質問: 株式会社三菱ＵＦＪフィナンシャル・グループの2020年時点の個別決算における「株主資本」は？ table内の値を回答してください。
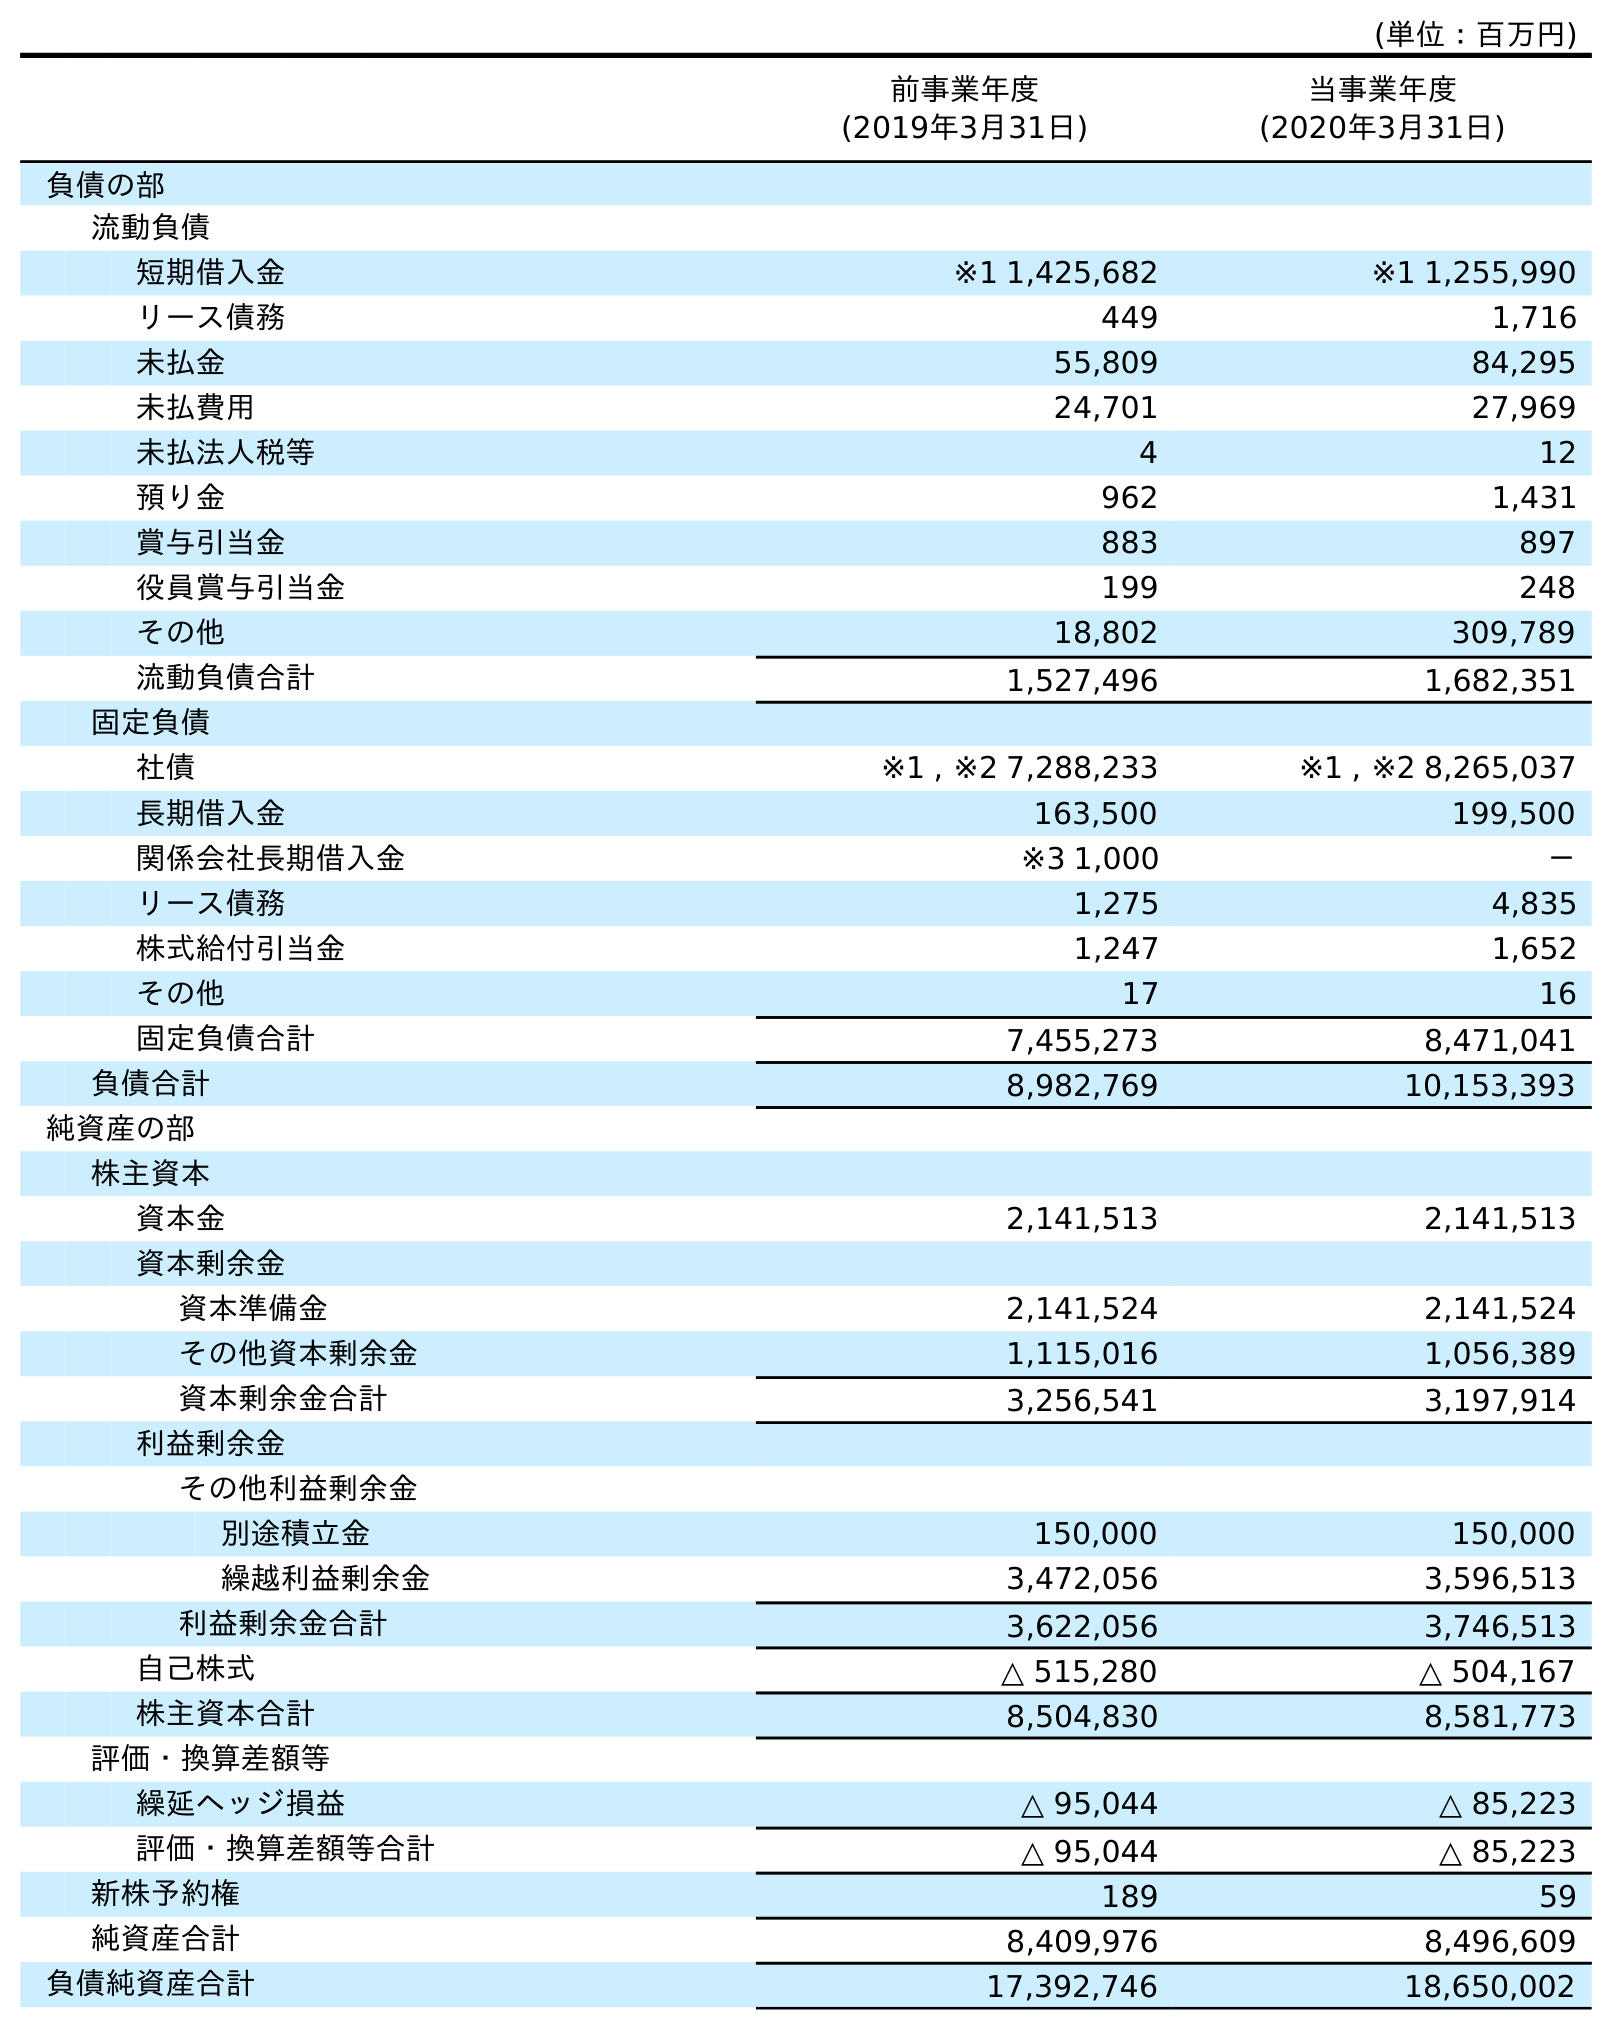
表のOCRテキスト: (単位：百万円) 前事業年度 (2019年3月31日) 当事業年度 (2020年3月31日) 負債の部 流動負債 短期借入金 ※1 1,425,682 ※1 1,255,990 リース債務 449 1,716 未払金 55,809 84,295 未払費用 24,701 27,969 未払法人税等 4 12 預り金 962 1,431 賞与引当金 883 897 役員賞与引当金 199 248 その他 18,802 309,789 流動負債合計 1,527,496 1,682,351 固定負債 社債 ※1 , ※2 7,288,233 ※1 , ※2 8,265,037 長期借入金 163,500 199,500 関係会社長期借入金 ※3 1,000 － リース債務 1,275 4,835 株式給付引当金 1,247 1,652 その他 17 16 固定負債合計 7,455,273 8,471,041 負債合計 8,982,769 10,153,393 純資産の部 株主資本 資本金 2,141,513 2,141,513 資本剰余金 資本準備金 2,141,524 2,141,524 その他資本剰余金 1,115,016 1,056,389 資本剰余金合計 3,256,541 3,197,914 利益剰余金 その他利益剰余金 別途積立金 150,000 150,000 繰越利益剰余金 3,472,056 3,596,513 利益剰余金合計 3,622,056 3,746,513 自己株式 △ 515,280 △ 504,167 株主資本合計 8,504,830 8,581,773 評価・換算差額等 繰延ヘッジ損益 △ 95,044 △ 85,223 評価・換算差額等合計 △ 95,044 △ 85,223 新株予約権 189 59 純資産合計 8,409,976 8,496,609 負債純資産合計 17,392,746 18,650,002
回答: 8,581,773